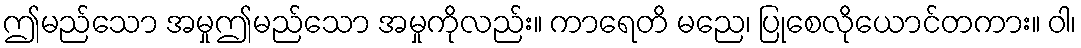
ဤမည်သော အမှုဤမည်သော အမှုကိုလည်း။ ကာရေတိ မညေ၊ ပြုစေလိုယောင်တကား။ ဝါ၊